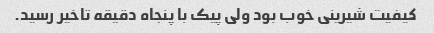
کیفیت شیرینی خوب بود ولی پیک با پنجاه دقیقه تاخیر رسید.